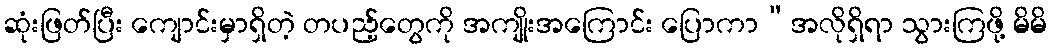
ဆုံးဖြတ်ပြီး ကျောင်းမှာရှိတဲ့ တပည့်တွေကို အကျိုးအကြောင်း ပြောကာ“အလိုရှိရာ သွားကြဖို့ မိမိ